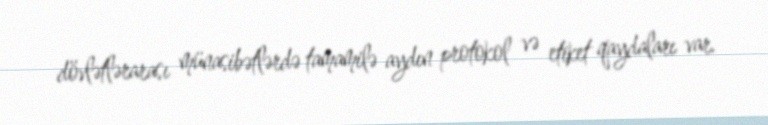
dövlətlərarası münasibətlərdə tamamilə aydın protokol və etiket qaydaları var.